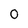
Character: O